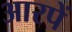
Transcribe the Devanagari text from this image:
आरपें